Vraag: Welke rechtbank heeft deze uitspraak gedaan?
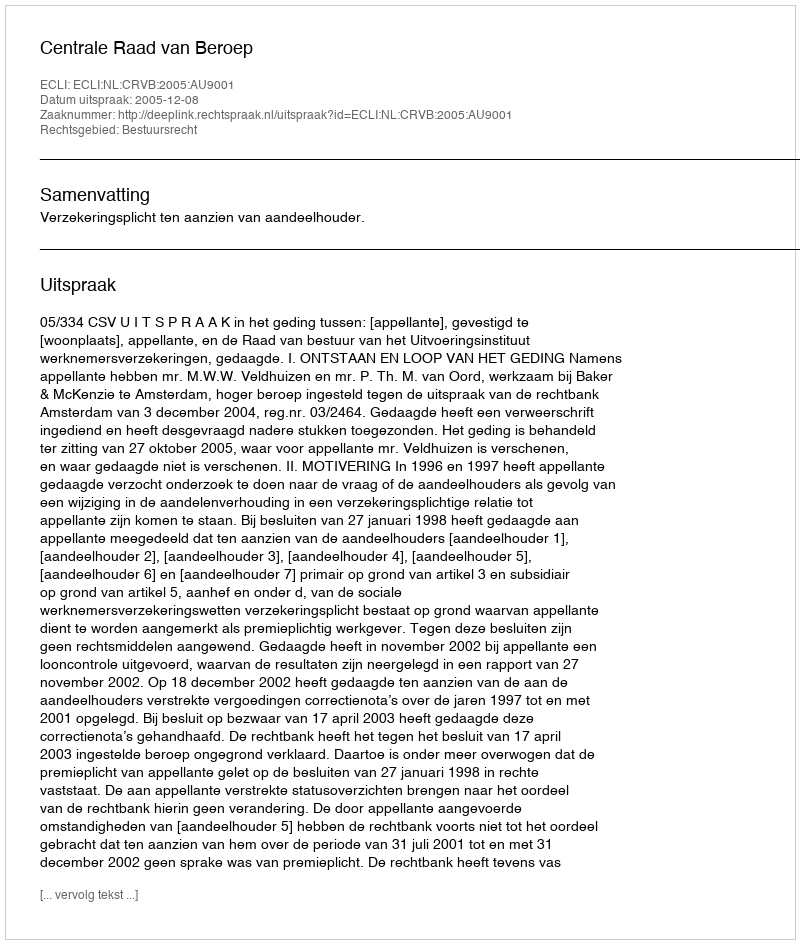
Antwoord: Centrale Raad van Beroep